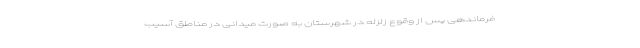
فرماندهی پس از وقوع زلزله در شهرستان به صورت میدانی در مناطق آسیب